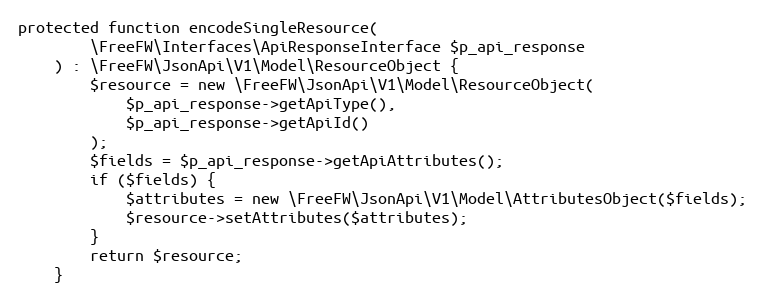
Language: PHP
protected function encodeSingleResource(
        \FreeFW\Interfaces\ApiResponseInterface $p_api_response
    ) : \FreeFW\JsonApi\V1\Model\ResourceObject {
        $resource = new \FreeFW\JsonApi\V1\Model\ResourceObject(
            $p_api_response->getApiType(),
            $p_api_response->getApiId()
        );
        $fields = $p_api_response->getApiAttributes();
        if ($fields) {
            $attributes = new \FreeFW\JsonApi\V1\Model\AttributesObject($fields);
            $resource->setAttributes($attributes);
        }
        return $resource;
    }